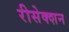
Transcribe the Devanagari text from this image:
रीसेक्शन